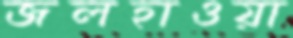
জলহাওয়া